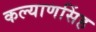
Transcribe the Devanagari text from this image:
कल्‍याणसिंह